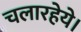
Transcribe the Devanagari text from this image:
चलारहेये।